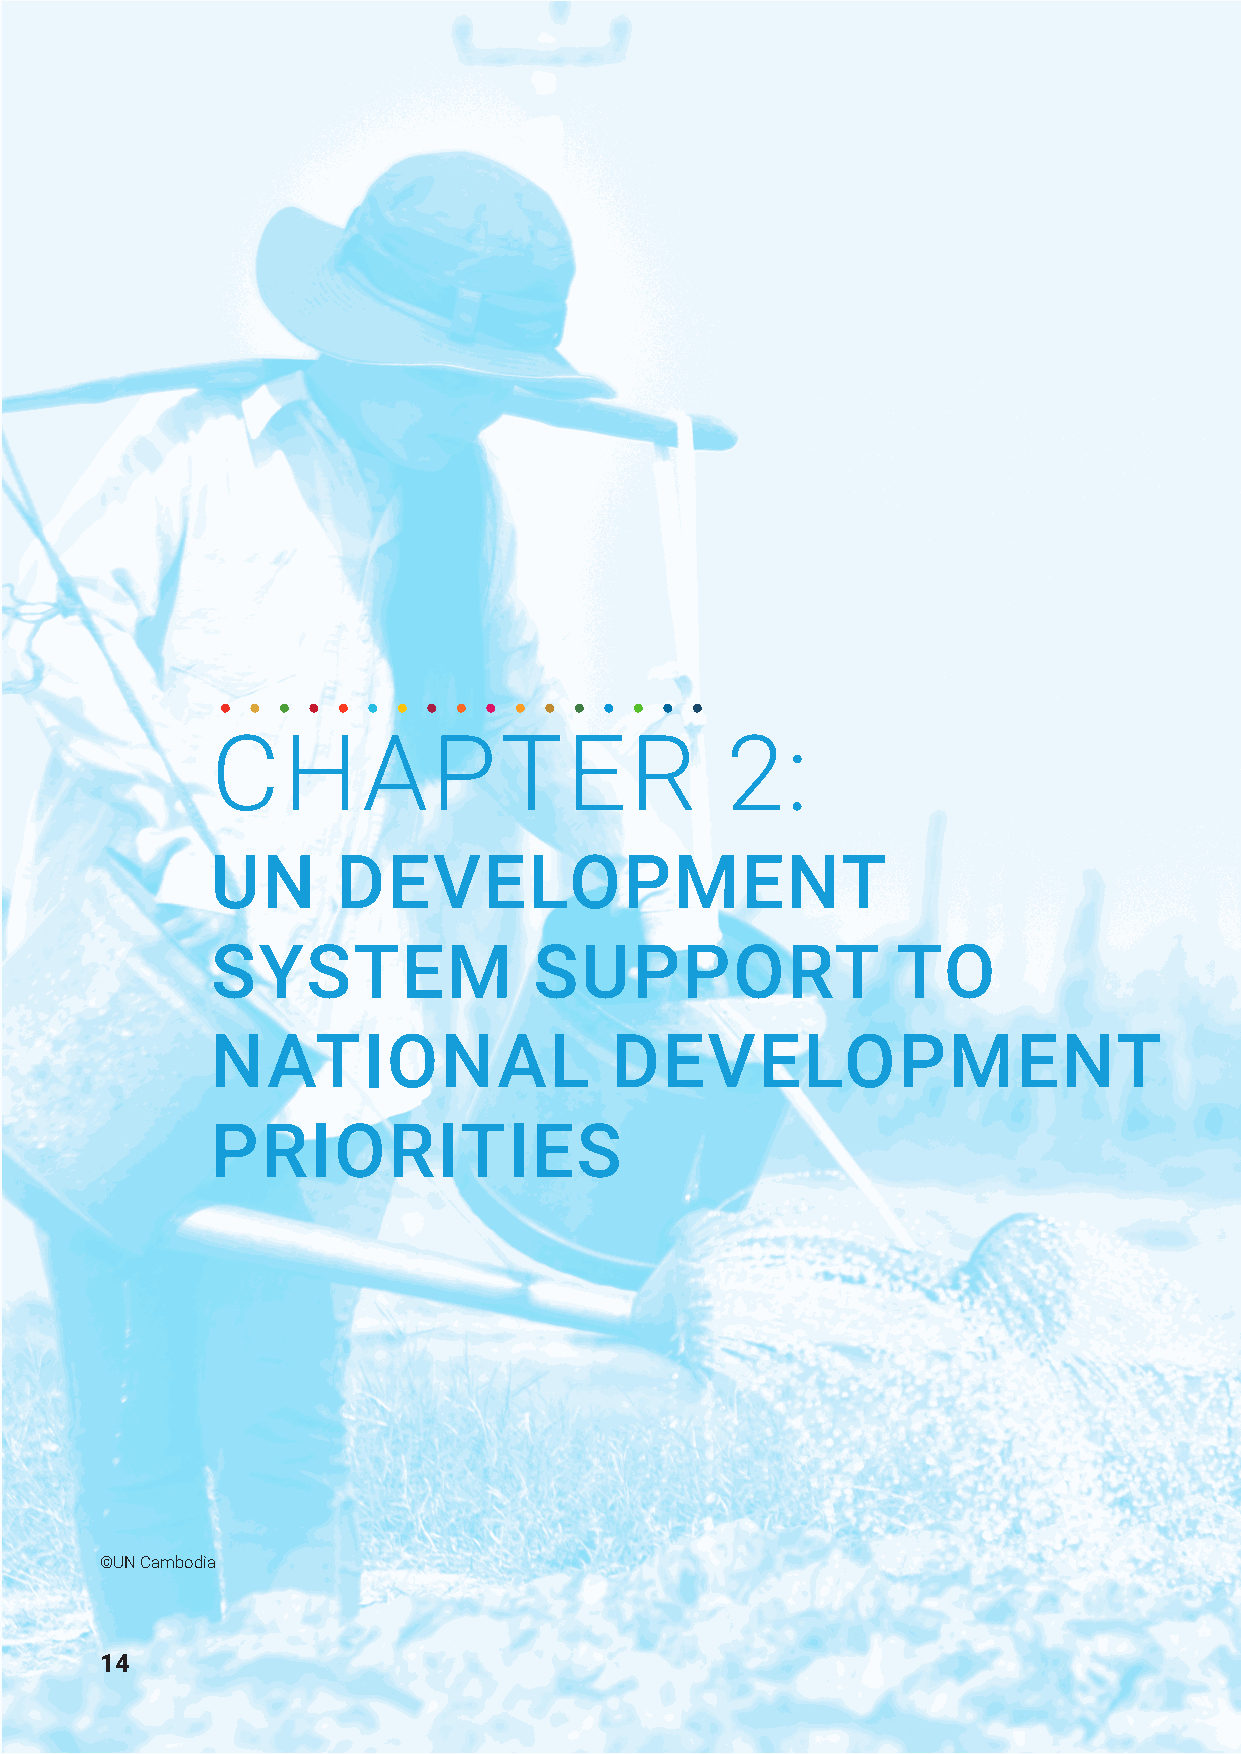
CHAPTER                           2:
 UN      DEVELOPMENT
 SYSTEM               SUPPORT                 TO
 NATIONAL                  DEVELOPMENT
 PRIORITIES
 ©UN Cambodia
 14